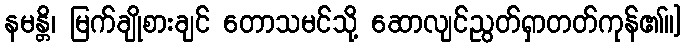
နမန္တိ၊ မြက်ချိုစားချင် တောသမင်သို့ ဆောလျင်ညွတ်ရှာတတ်ကုန်၏။]